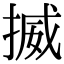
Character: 揻